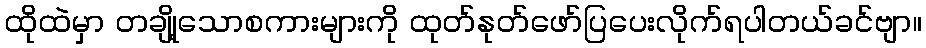
ထိုထဲမှာ တချို့သောစကားများကို ထုတ်နုတ်ဖော်ပြပေးလိုက်ရပါတယ်ခင်ဗျာ။